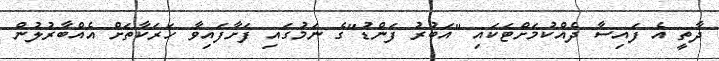
ދާތީ އެ ފައިސާ ދެއްކުމަށްޓަކައި "އަބުރު ފަންޑު"ގެ ނަމުގައި ފަށާފައިވާ ހަރަކާތަށް އެއްބާރުލުން